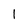
Character: 1